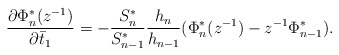
\begin{align*}\frac{\partial \Phi_{n}^{*}(z^{-1})}{\partial \bar{t}_{1}}=-\frac{S_{n}^{*}}{S_{n-1}^{*}}\frac{h_{n}}{h_{n-1}}(\Phi_{n}^{*}(z^{-1})-z^{-1}\Phi_{n-1}^{*}).\end{align*}